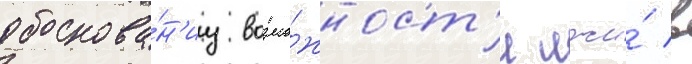
обоснова́н'иу возмо́жност'и лжи́ в